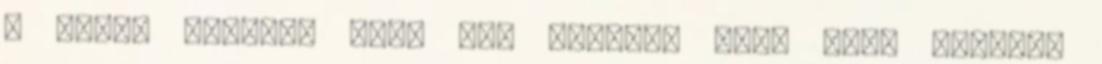
a szíve Biztos, hogy azt vesszük meg, amit látunk?